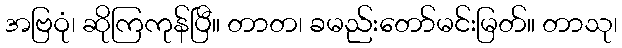
အဗြဝုံ၊ ဆိုကြကုန်ပြီ။ တာတ၊ ခမည်းတော်မင်းမြတ်။ တာသု၊